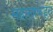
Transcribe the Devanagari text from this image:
महालाकडून